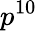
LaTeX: p^{10}